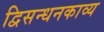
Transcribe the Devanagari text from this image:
द्विसन्धनकाव्य